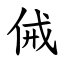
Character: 㑘